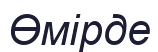
Өмірде